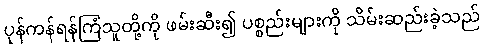
ပုန်ကန်ရန်ကြံသူတို့ကို ဖမ်းဆီး၍ ပစ္စည်းများကို သိမ်းဆည်းခဲ့သည်